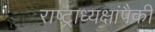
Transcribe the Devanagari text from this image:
राष्ट्राध्यक्षांपैकी